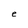
Character: e